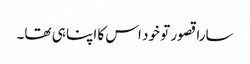
سارا قصور تو خود اس کا اپنا ہی تھا۔